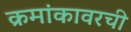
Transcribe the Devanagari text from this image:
क्रमांकावरची